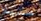
ستيلا